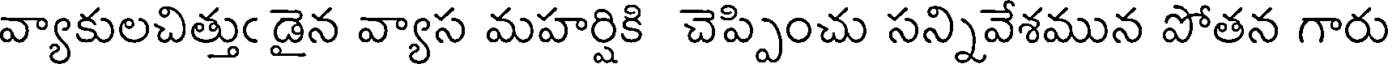
వ్యాకులచిత్తుఁ డైన వ్యాస మహర్షికి చెప్పించు సన్నివేశమున పోతన గారు